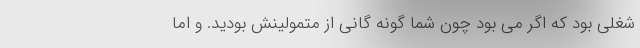
شغلی بود که اگر می بود چون شما گونه گانی از متمولینش بودید. و اما